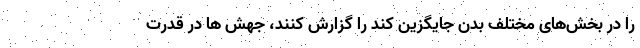
را در بخش‌‌های مختلف بدن جایگزین کند را گزارش کنند، جهش ها در قدرت